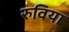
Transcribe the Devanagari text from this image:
रुविया